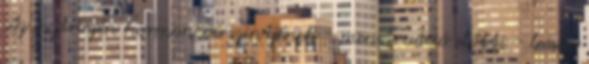
Az ösztrogén hormon vérszintjének - menstruáció előtti - leesése